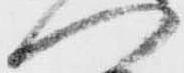
へ